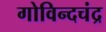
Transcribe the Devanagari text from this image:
गोविन्दचंद्र